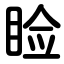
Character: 睑